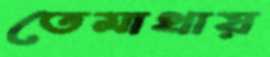
তেমাথায়